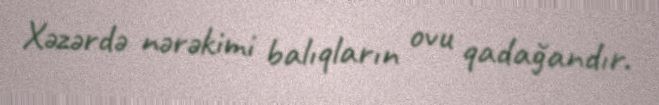
Xəzərdə nərəkimi balıqların ovu qadağandır.